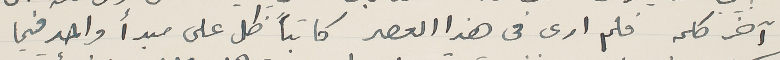
آخر كلمه فلم ارى فى هذا العصر كاتباً ظل على مبدأ واحد فيما